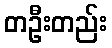
တဦးတည်း